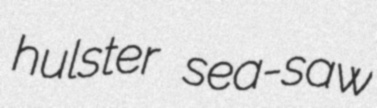
hulster sea-saw